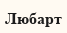
Любарт